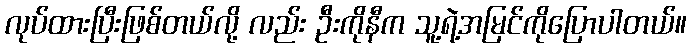
လုပ်ထားပြီးဖြစ်တယ်လို့ လည်း ဦးကိုနီက သူ့ရဲ့အမြင်ကိုပြောပါတယ်။